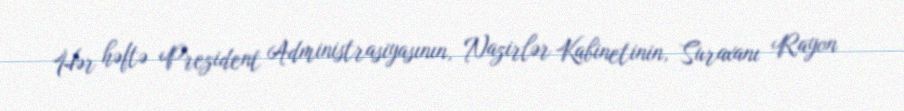
Hər həftə Prezident Administrasiyasının, Nazirlər Kabinetinin, Suraxanı Rayon